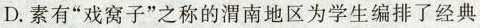
D. 素有“戏窝子”之称的渭南地区为学生编排了经典